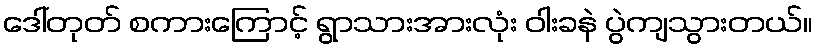
ဒေါ်တုတ် စကားကြောင့် ရွာသားအားလုံး ဝါးခနဲ ပွဲကျသွားတယ်။